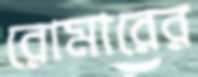
রোমারের